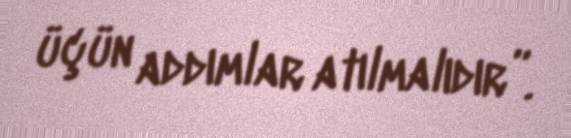
üçün addımlar atılmalıdır”.